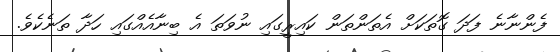
ފެންނާނެ ފަދަ ގޮތަކަށް އެތަންތަން ކައިރީގައި ނުވަތަ އެ ބިނާއެއްގައި ހަދާ ތަނެކެވެ.